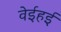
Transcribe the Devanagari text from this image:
वेईहई